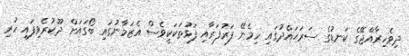
ދިވެހިރާއްޖޭގެ ކަނޑުގެ ސަރަޙައްދުގައި ހިމެނޭ ފަރުފަރާއި ފަޅުތަކަކީވެސް އެޒަމާނުގައި ބޯގައަށް ދޫކުރެވިފައި ހުރި